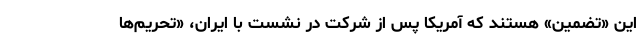
این «تضمین» هستند که آمریکا پس از شرکت در نشست با ایران، «تحریم‌ها